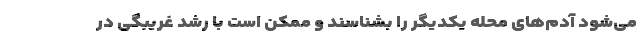
می‌شود آدم‌های محله یکدیگر را بشناسند و ممکن است با رشد غریبگی در